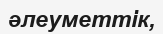
әлеуметтік,